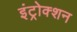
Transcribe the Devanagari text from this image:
इंट्रोक्शन